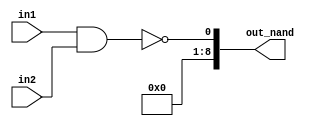
//logical nand
module logical_nand(in1 , in2 , out_nand);
  
  input signed [4:0]in1;
  input signed [4:0]in2;
  output signed[8:0]out_nand;
  
  assign out_nand = !(in1 && in2);
  
endmodule